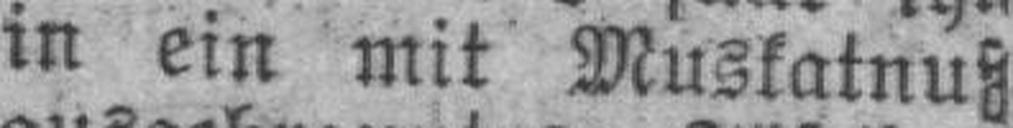
in ein mit Muskatnuß